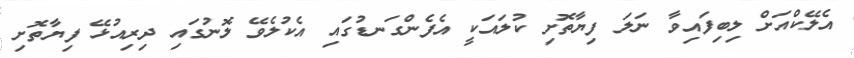
އެލޭކްއަށް ލިބިފައިވާ ނަލަ ފިޔާތޮށި ކުލައަކީ އެފެންގަނޑުގައި އެކުލެވޭ ލޮނުގައި ދިރިއުޅޭ ފިޔާތޮށި